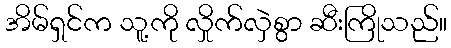
အိမ်ရှင်က သူ့ကို လှိုက်လှဲစွာ ဆီးကြိုသည်။